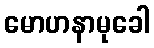
မောဟနာမုခေါ